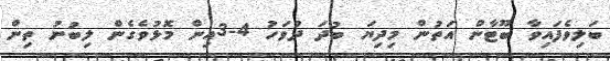
ބަލިވެފައިވާ ބޫޓާން އަތުން މިދިޔަ ބުދަ ދުވަހު 4-3އިން މޮޅުވެގެން ލިބުނު ތިން